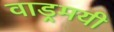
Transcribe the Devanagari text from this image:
वाड्रमयी